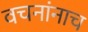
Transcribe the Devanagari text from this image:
वचनांनाच